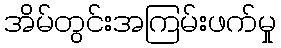
အိမ်တွင်းအကြမ်းဖက်မှု